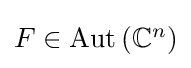
{\textstyle F\in \operatorname {Aut} \left(\mathbb {C} ^{n}\right)}